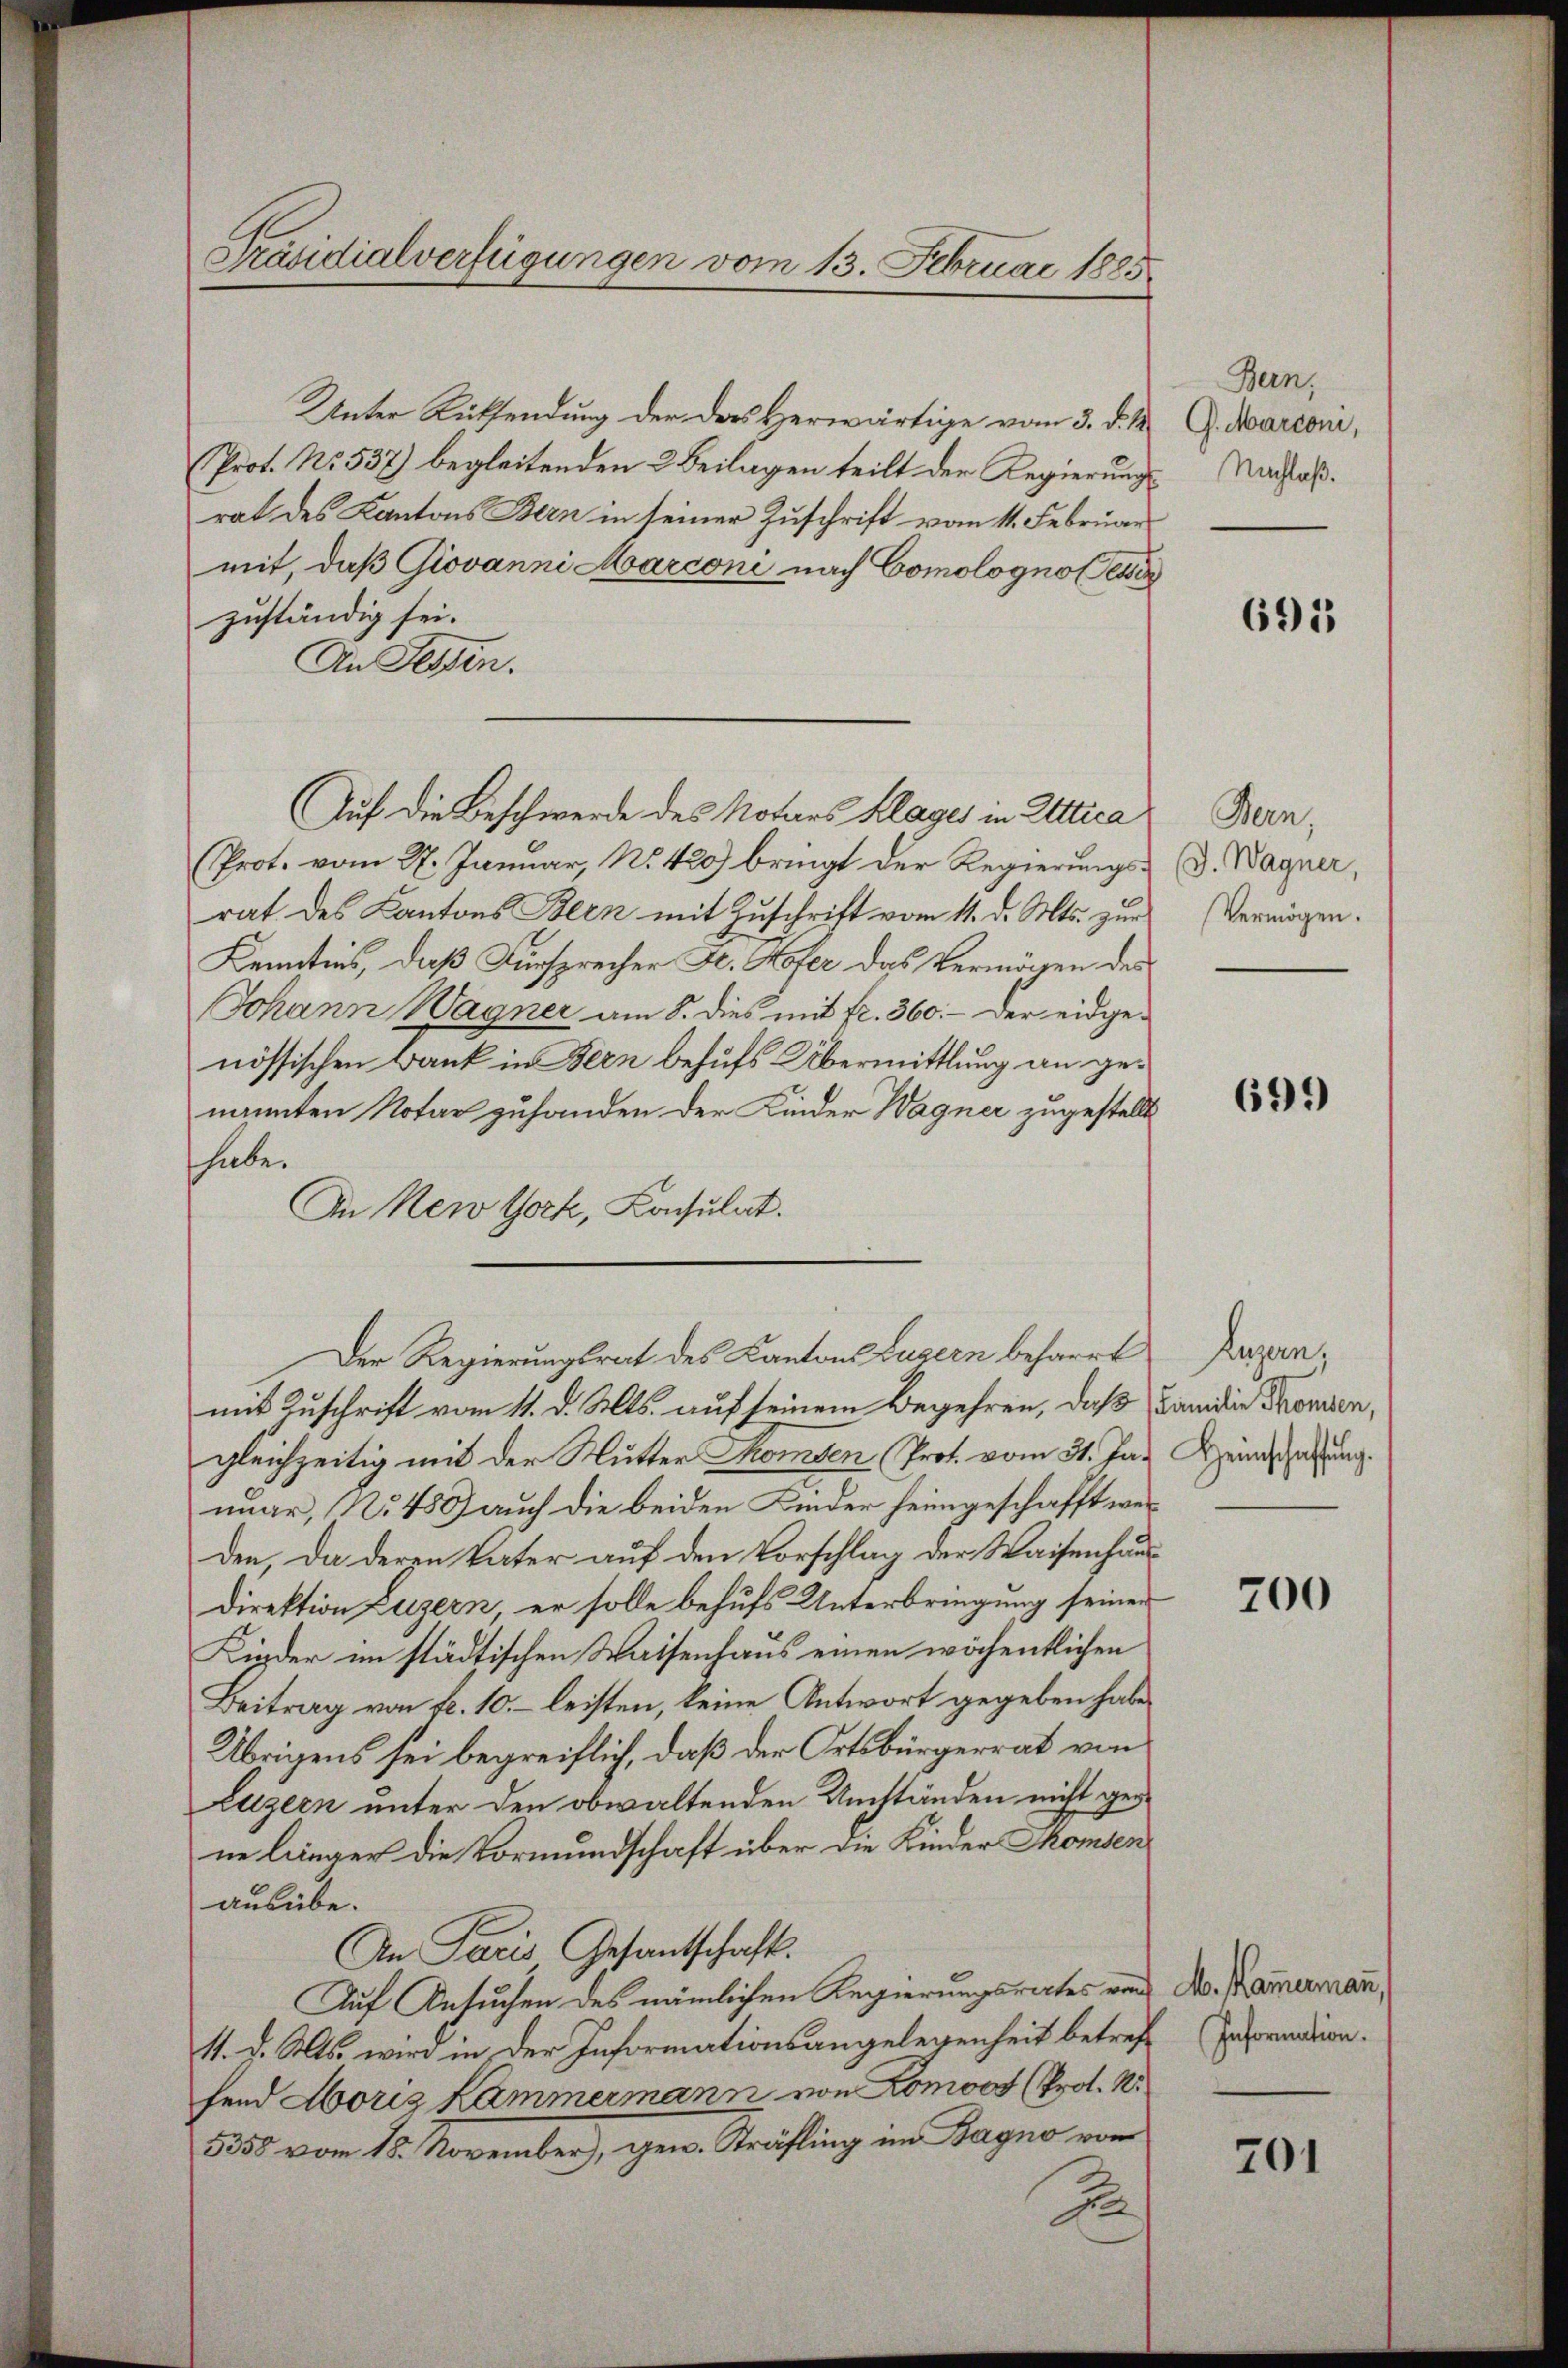
Präsidialverfügungen vom 13. Februar 1885.

Unter Rücksendung der das Herwärtige vom 3. d. M. G. Marconi,
Prot. No. 537) begleitenden 2 Beilagen teilt der Regierung Nachlaßrat des Kantons Bern in seiner Zuschrift vom 11. Februar
mit, daß Giovanni Marconi nach Comologno esse
zuständig sei.
An Fessen.
Auf die Beschwerde des Notars Klages in Attica
Prot. vom 27. Januar, No. 420) bringt der Regierungsrat des Kantons Bern mit Zuschrift vom 11. d. Mts. zur
Kenntnis, daß Fürsprecher Fr. Hofer das Vermögen des
Johann Wagner am 8. dies mit fr. 360. - Der eidgenössischen Bank in Bern behufs Übermittlung an genannten Notar zufanden der Kinder Wagner zugestellt
habe.
In New York, Konsulat.
Der Regierungsrat des Kantons Luzern beharrt Papenmit Zuschrift vom 11. d. Mts. auf seinem Begehren, daß Bandie Promen,
gleichzeitig mit der Mutter Komben (Prof. vom 31. Jan. Heimstaltung.
nuar, No 480) auch die beiden Linder heimgeschafft werden, da deren Vater auf den Vorschlag der Waisenhausdirektion Luzern, er solle behufs Unterbringung seiner
Kinder im städtischen Waisenhaus einen wöchentlichen
Beitrag von fl. 10. – leisten, keine Antwort gegeben habe,
Übrigens sei begreiflich, daß der Ortsbürgerrat von
Luzern unter den obwaltenden Umständen nicht geine linger die Vormundschaft über die Kinder Momen
ausübe.
An Paris Gesantschaft.
Auf Ansuchen des nämlichen Regierungsrates von
41. d. Mts. wird in der Informationsangelegenheit betref (Information.
fend Moriz Kammermann von Lomoos (Prol. N.
5350 vom 18. November), gew. Träfling im Bagno von
J

Bern,

691

Bern,
d. Wagner,
Vermögen.

699)

700

M. Kammermann,

701